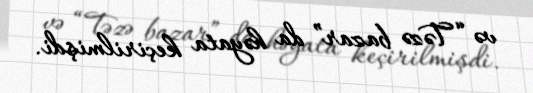
və “Təzə bazar” da həyata keçirilmişdi.